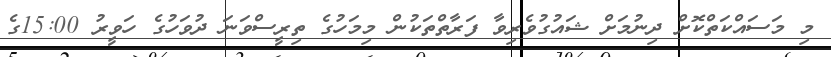
މި މަސައްކަތްކޮށް ދިނުމަށް ޝައުގުވެރިވާ ފަރާތްތަކުން މިމަހުގެ ތިރީސްވަނަ ދުވަހުގެ ހަވީރު 15:00ގެ